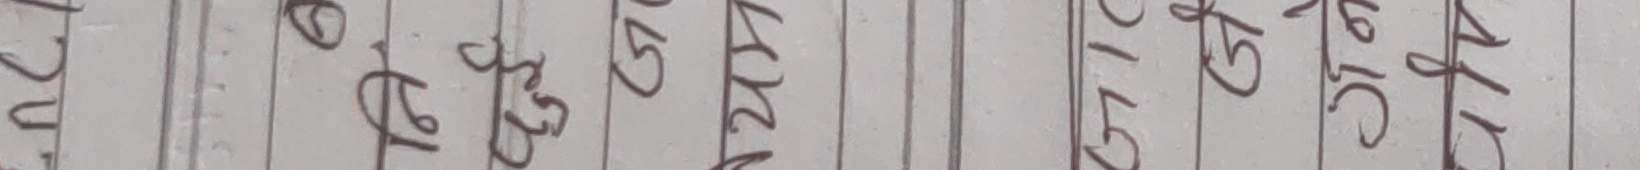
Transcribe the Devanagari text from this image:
१२ १६ २३ २४ ३१ ३२ ३८ ४०